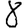
Digit: 8